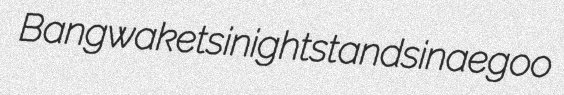
Bangwaketsi nightstands inae goo